Report on sanitation, dispensaries, and jails in Rajputana for 1913, and on vaccination for the year 1913-1914 - 1913-1914
Year: 1913
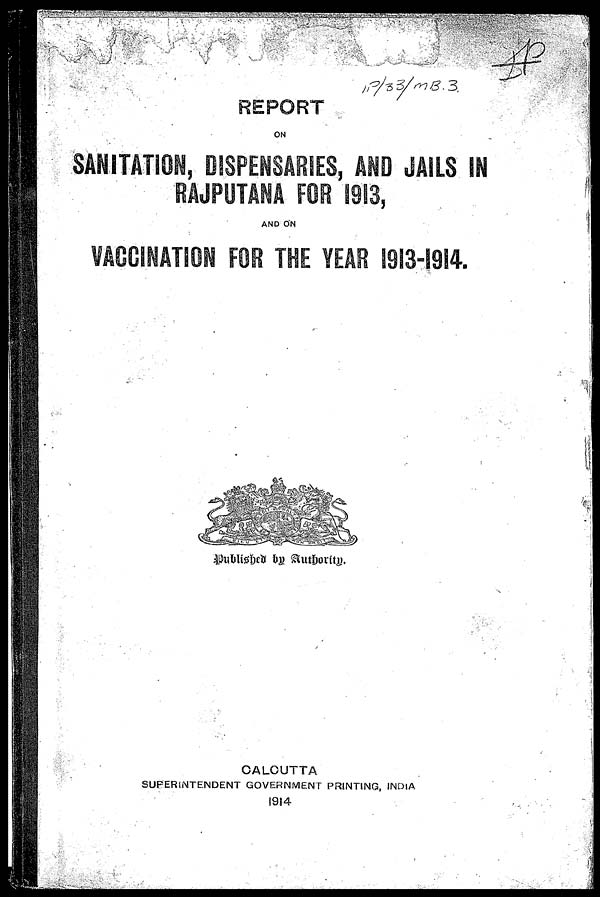
REPORT
ON
SANITATION, DISPENSARIES, AND JAILS IN
RAJPUTANA FOR 1913.
AND ON
VACCINATION FOR THE YEAR 1913-1914.
Published by Authority.
CALCUTTA
SUPERINTENDENT GOVERNMENT PRINTING, INDIA
1914